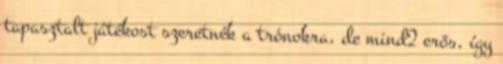
tapasztalt játékost szeretnék a trónokra, de mind2 erős, így